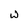
Character: w